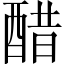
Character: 醋